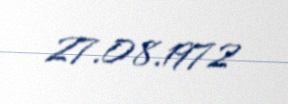
27.08.1972